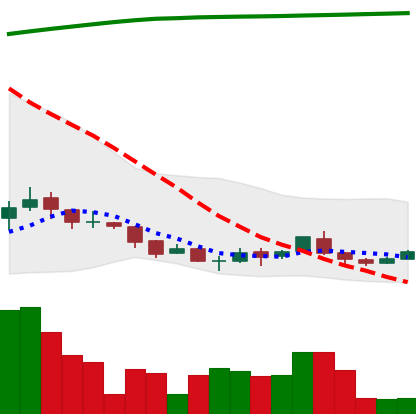
Ticker: ADA-USD
Chart end date: 2018-04-08
Forward return: 28.055%
Label: up_7plus